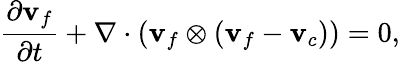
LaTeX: \frac{\partial\mathbf{v}_{f}}{\partial t}+\nabla\cdot(\mathbf{v}_{f}\otimes(\mathbf{v}_{f}-\mathbf{v}_{c}))=0,